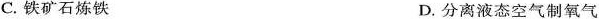
C. 铁矿石炼铁 D. 分离液态空气制氧气